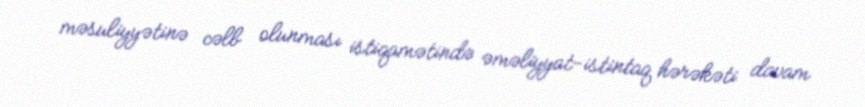
məsuliyyətinə cəlb olunması istiqamətində əməliyyat-istintaq hərəkəti davam